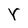
Character: Y